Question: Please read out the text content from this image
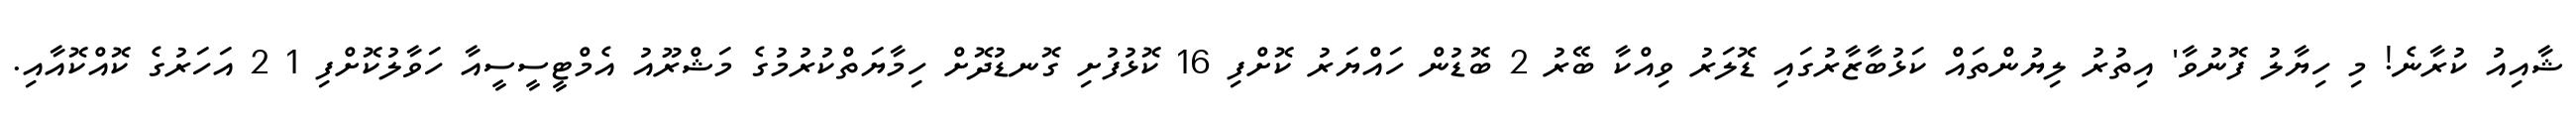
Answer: ޝާއިއު ކުރާނެ! މި ހިޔާލު ފޮނުވާ' އިތުރު ލިޔުންތައް ކަޅުބާޒާރުގައި ޑޮލަރު ވިއްކާ ބޭރު 2 ބޮޑުން ހައްޔަރު ކޮށްފި 16 ކޮޅުފުށި ގޮނޑުދޮށް ހިމާޔަތްކުރުމުގެ މަޝްރޫއު އެމްޓީސީސީއާ ހަވާލުކޮށްފި 1 2 އަހަރުގެ ކޮއްކޮއާއި.